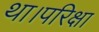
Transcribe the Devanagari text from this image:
था।परिक्षा